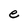
Character: e